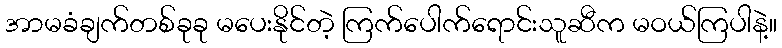
အာမခံချက်တစ်ခုခု မပေးနိုင်တဲ့ ကြက်ပေါက်ရောင်းသူဆီက မဝယ်ကြပါနဲ့။